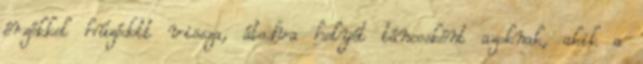
érzékkel húzódott vissza, átadva helyét táncosként azoknak, akik a